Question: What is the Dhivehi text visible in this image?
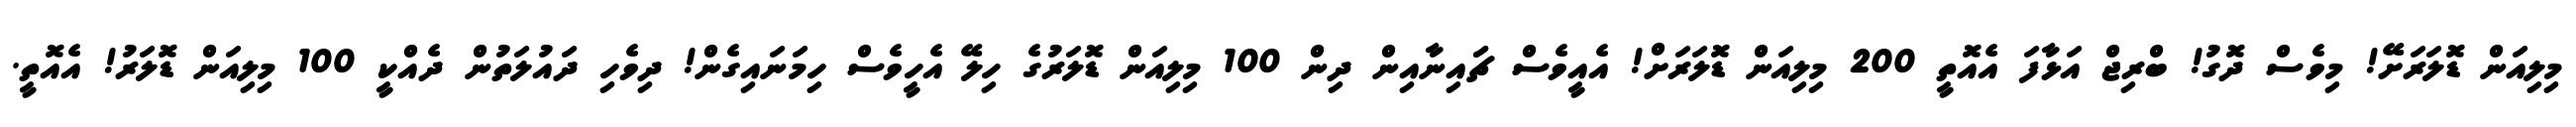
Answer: މިލިއަން ޑޮލަރަށޭ! މިވެސް ދޮގު! ބްރިޖް އަޅާފަ އެއޮތީ 200 މިލިއަން ޑޮލަރަށް! އެއީވެސް ޗަައިނާއިން ދިން 100 މިލިއަން ޑޮލަރުގެ ހިލޭ އެހީވެސް ހިމަނައިގެން! ދިވެހި ދައުލަތުން ދެއްކީ 100 މިލިއަން ޑޮލަރު! އެއޮތީ.